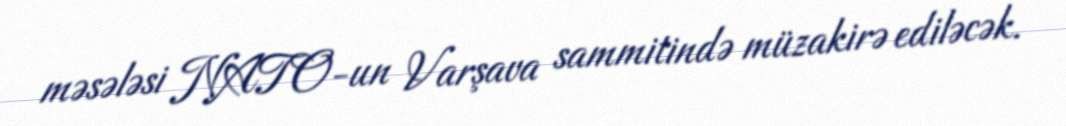
məsələsi NATO-un Varşava sammitində müzakirə ediləcək.